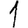
Digit: 1